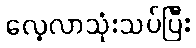
လေ့လာသုံးသပ်ပြီး